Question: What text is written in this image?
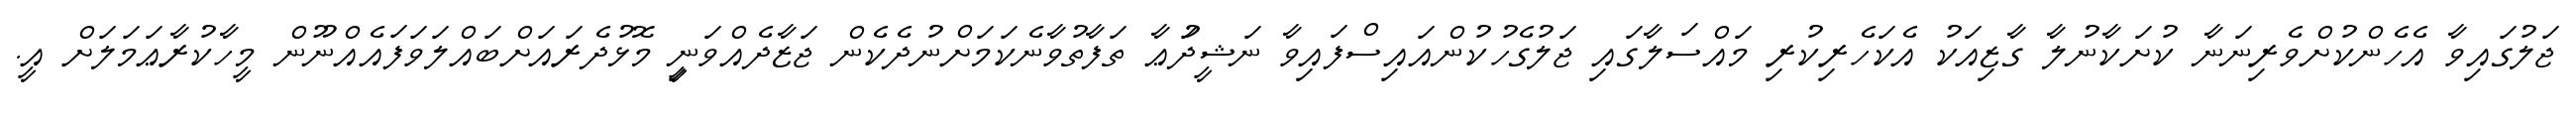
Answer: ޖަލުގައިވާ އެހެންކުށްވެރިނަނާ ކުށަކާނުލާ ގާޒިއަކު އެކަހެރިކުރި މައްސަލާގައި ޖަލުގެހުކުންއައިސްފައިވާ ނަޝީދުަޢާ ތަފާތުވާނެކަމަށްނުދެކެން ޖަޒާދެއްވަނިީ މޮޅުދެރައަށްބައްލަވަފައެއްނޫން މީހާކުރާޢަމަލަށް އީ.